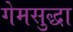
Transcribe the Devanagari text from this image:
गेमसुद्धा